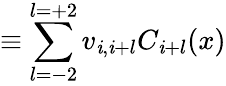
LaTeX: \equiv\sum_{l=-2}^{l=+2}v_{\mathit{i},\mathit{i}+l}C_{\mathit{i}+l}(x)